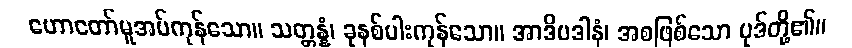
ဟောတော်မူအပ်ကုန်သော။ သတ္တန္နံ၊ ခုနစ်ပါးကုန်သော။ အာဒိပဒါနံ၊ အစဖြစ်သော ပုဒ်တို့၏။